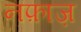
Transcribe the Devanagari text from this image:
नफ़ाज़